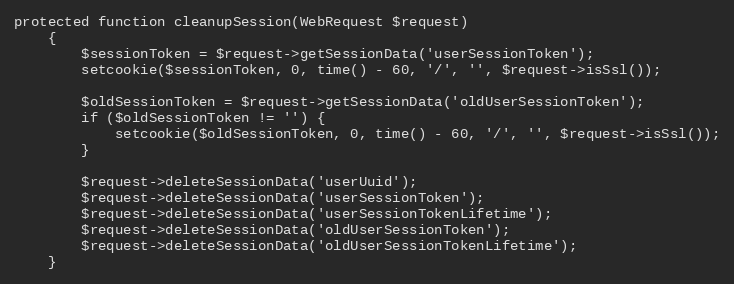
Language: PHP
protected function cleanupSession(WebRequest $request)
    {
        $sessionToken = $request->getSessionData('userSessionToken');
        setcookie($sessionToken, 0, time() - 60, '/', '', $request->isSsl());

        $oldSessionToken = $request->getSessionData('oldUserSessionToken');
        if ($oldSessionToken != '') {
            setcookie($oldSessionToken, 0, time() - 60, '/', '', $request->isSsl());
        }

        $request->deleteSessionData('userUuid');
        $request->deleteSessionData('userSessionToken');
        $request->deleteSessionData('userSessionTokenLifetime');
        $request->deleteSessionData('oldUserSessionToken');
        $request->deleteSessionData('oldUserSessionTokenLifetime');
    }